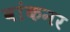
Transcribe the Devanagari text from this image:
वांकनर